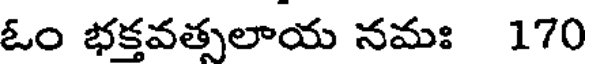
ఓం భక్తవత్సలాయ నమః 170